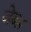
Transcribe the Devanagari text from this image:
जेब्स